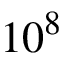
1 0 ^ { 8 }